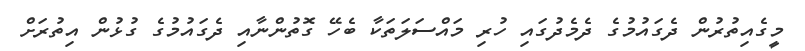
މީގެއިތުރުން ދެގައުމުގެ ދެމެދުގައި ހުރި މައްސަލަތަކާ ބެހޭ ގޮތުންނާއި ދެގައުމުގެ ގުޅުން އިތުރަށް